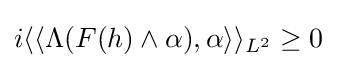
i\langle \langle \Lambda (F(h)\wedge \alpha ),\alpha \rangle \rangle _{L^{2}}\geq 0